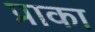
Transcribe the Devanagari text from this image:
प्राका